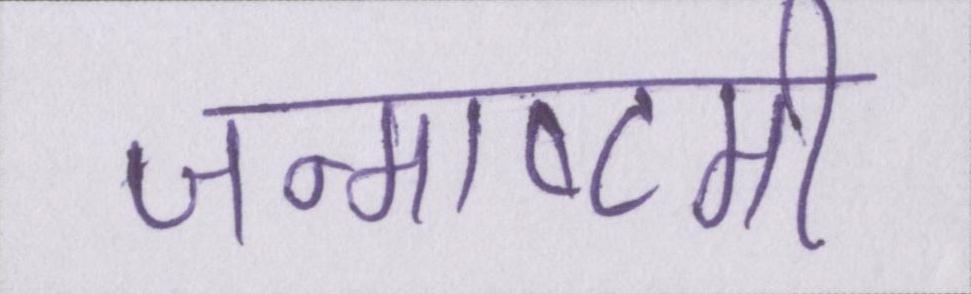
जन्माष्टमी